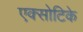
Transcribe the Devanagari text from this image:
एक्सोटिके